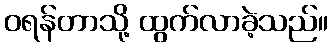
ဝရန်တာသို့ ထွက်လာခဲ့သည်။